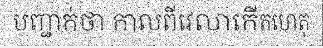
បញ្ជាក់ថា កាលពីវេលាកើតហេតុ